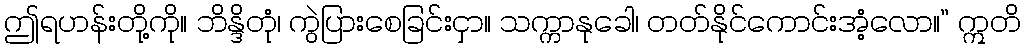
ဤရဟန်းတို့ကို။ ဘိန္ဒိတုံ၊ ကွဲပြားစေခြင်းငှာ။ သက္ကာနုခေါ၊ တတ်နိုင်ကောင်းအံ့လော။” ဣတိ